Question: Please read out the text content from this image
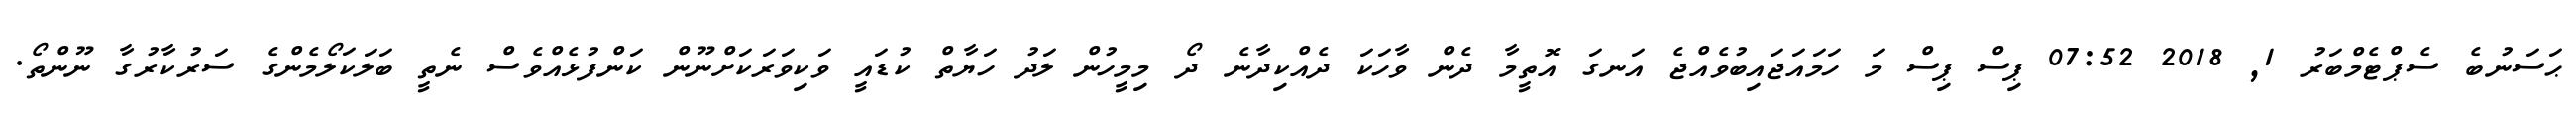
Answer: ޙަސަނުބެ ސެޕްޓެމްބަރު 1, 2018 07:52 ޕިސް ޕިސް މަ ހަމައަޖައިބުވެއްޖެ އަނގަ އޮތީމާ ދެން ވާހަކަ ދެއްކިދާނެ ދޯ މިމީހުން ލަދު ހަޔާތް ކުޑައީ ވަކިވަރަކަށްނޫން ކަންފުޅެއްވެސް ނެތީ ބަލަކަލޯމެންގެ ސަރުކާރުގާ ނޫންތޯ.